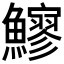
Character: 𩼶